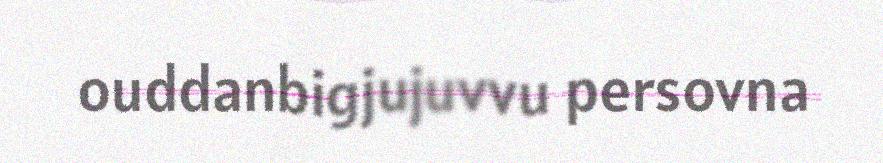
ouddanbigjujuvvu persovna